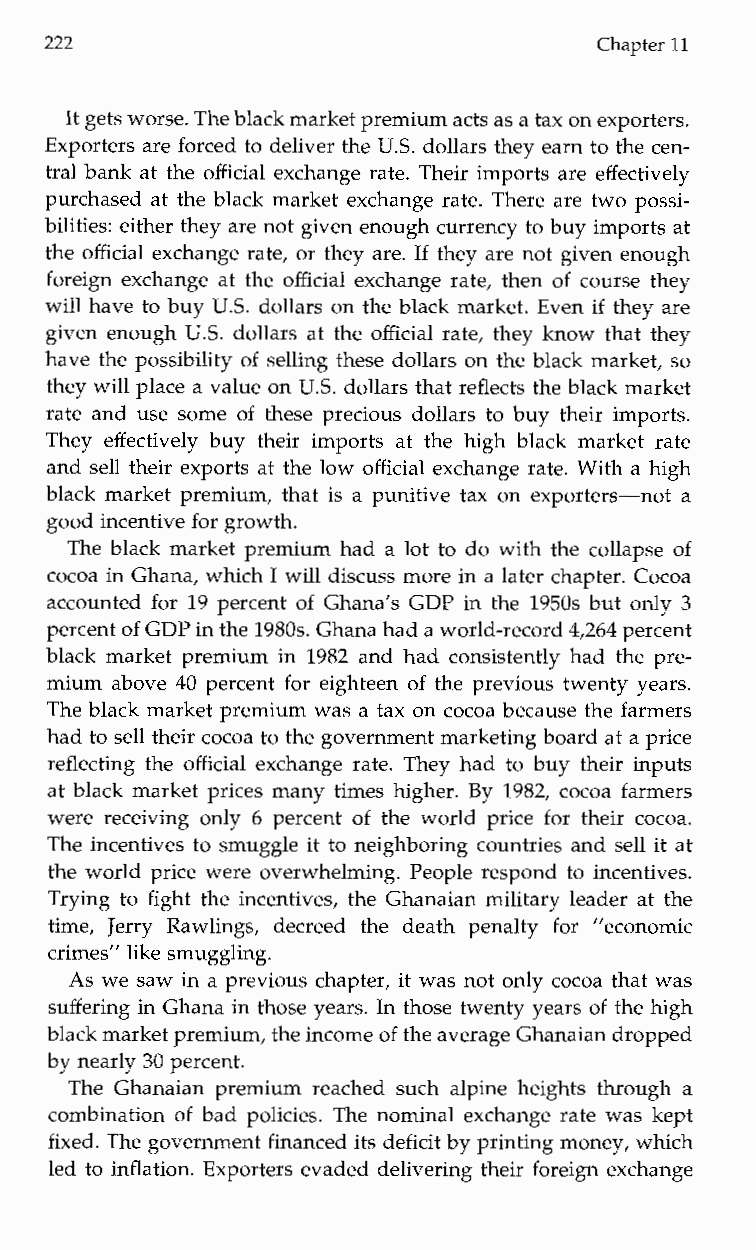
222                                  Chapter 11
 It gets worse.T he black market premium acts ast a ax on exporters.
 Exporters are forced to deliver the U.S. dollars they earn to the cen-
 tral bank at the official exchange rate. Their imports are effectively
 purchased at the black market exchange rate. There are two possi-
 bilities: either they are not given enough currency to buy imports at
 the official exchange rate, or they are. If they are not given enough
 foreign exchange at the official exchange rate, then of course they
 will have to buy US. dollars on the black market. Even if they are
 given enough U.S. dollars at the official rate, they know that they
 have the possibility of selling these dollars on the black market, so
 they will place a value on U.S. dollars that reflects the black market
 rate and use some of these precious dollars to buy their imports.
 Theye ffectively buy their imports at the high black market rate
 and sell their exports at the low official exchange rate. With a high
 black market premium, that is a punitive tax on exporters-not a
 good incentive for growth.
 The black market premium had a lot to do with the collapse of
 cocoa in Ghana, which I will discuss more in a later chapter. Cocoa
 accounted for 19 percent of Ghana’s GDP in the 1950s but only 3
 percent of GDP in the1 980s. Ghana had a world-record4 ,264 percent
 black market premium in 1982 and had consistently had the pre-
 mium above 40 percent for eighteen of the previous twenty years.
 The black market premium was a tax on cocoa because the farmers
 had to sell their cocoa to the government marketing board at a price
 reflecting the official exchange rate. They had to buy their inputs
 at black market prices many times higher. By 1982, cocoa farmers
 were receiving only 6 percent of the world price for their cocoa.
 The incentives to smuggle it to neighboring countries and sell it at
 the world price were overwhelming. People respond to incentives.
 Trying to fight the incentives, the Ghanaian military leader at the
 time, Jerry Rawlings, decreed the deathp enalty for ”economic
 crimes” like smuggling.
 As we saw in a previous chapter, it was not only cocoa that was
 suffering in Ghana in those years. In those twenty years of the high
 black market premium, thei ncome of the average Ghanaiand ropped
 by nearly 30 percent.
 The Ghanaian premium reached such alpine heights through a
 combination of bad policies. The nominal exchange rate was kept
 fixed. The government financed its deficit by printing money, which
 led to inflation. Exporters evaded delivering their foreign exchange